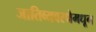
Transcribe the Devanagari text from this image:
जातिव्यवस्थेमधून